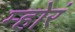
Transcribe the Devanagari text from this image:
म्होरं